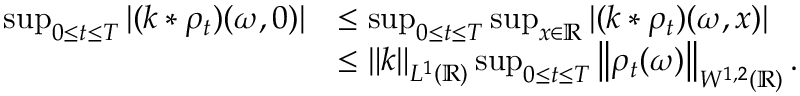
\begin{array} { r l } { \operatorname* { s u p } _ { 0 \le t \le T } | ( k * \rho _ { t } ) ( \omega , 0 ) | } & { \le \operatorname* { s u p } _ { 0 \le t \le T } \operatorname* { s u p } _ { x \in \mathbb { R } } | ( k * \rho _ { t } ) ( \omega , x ) | } \\ & { \le \left\lVert k \right\rVert _ { L ^ { 1 } ( \mathbb { R } ) } \operatorname* { s u p } _ { 0 \le t \le T } \left\lVert \rho _ { t } ( \omega ) \right\rVert _ { W ^ { 1 , 2 } ( \mathbb { R } ) } . } \end{array}